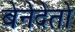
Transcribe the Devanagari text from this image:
बेनेदेतो